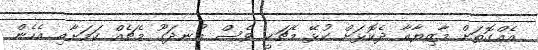
އެއްގޮތަށް މާޒިޔާއާ ދެކޮޅަށް ކުޅޭ މެޗަކީ ވެސް އުނދަގޫ މެޗެއް ކަމަށާއި އެހެން